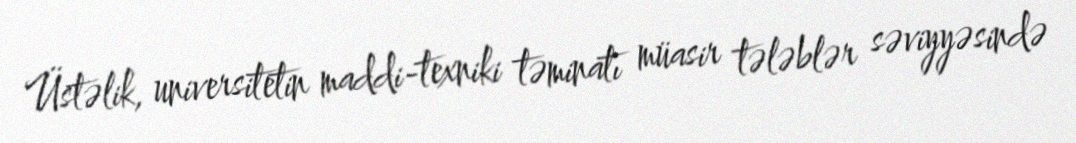
Üstəlik, universitetin maddi-texniki təminatı müasir tələblər səviyyəsində